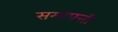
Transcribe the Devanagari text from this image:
समापत्ती